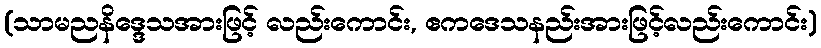
(သာမညနိဒ္ဒေသအားဖြင့် လည်းကောင်း, ဧကဒေသနည်းအားဖြင့်လည်းကောင်း)